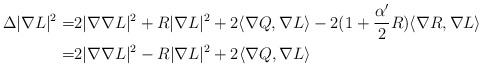
\begin{align*}\Delta|\nabla L|^2=&2|\nabla\nabla L|^2+R|\nabla L|^2+2\langle\nabla Q,\nabla L\rangle-2(1+\frac{\alpha'}{2}R)\langle\nabla R,\nabla L\rangle \\=&2|\nabla\nabla L|^2-R|\nabla L|^2+2\langle\nabla Q,\nabla L\rangle\end{align*}